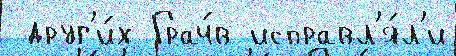
 друг'и́х Грач́в исправл'я́л'и